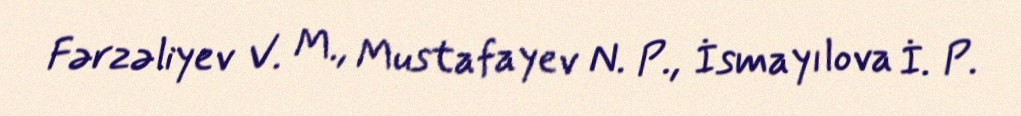
Fərzəliyev V. M., Mustafayev N. P., İsmayılova İ. P.